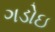
ગડોઇ